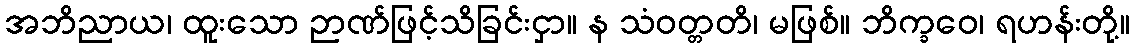
အဘိညာယ၊ ထူးသော ဉာဏ်ဖြင့်သိခြင်းငှာ။ န သံဝတ္တတိ၊ မဖြစ်။ ဘိက္ခဝေ၊ ရဟန်းတို့။